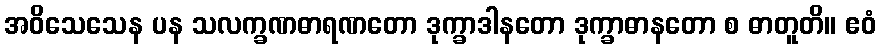
အဝိသေသေန ပန သလက္ခဏဓာရဏတော ဒုက္ခာဒါနတော ဒုက္ခာဓာနတော စ ဓာတူတိ။ ဧဝံ